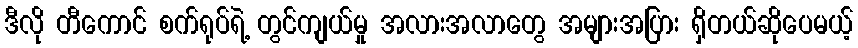
ဒီလို တီကောင် စက်ရုပ်ရဲ့ တွင်ကျယ်မှု အလားအလာတွေ အများအပြား ရှိတယ်ဆိုပေမယ့်